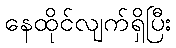
နေထိုင်လျက်ရှိပြီး